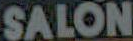
SALON